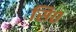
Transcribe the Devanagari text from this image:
सि०